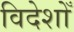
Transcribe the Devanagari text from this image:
विदेशोँ